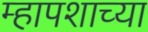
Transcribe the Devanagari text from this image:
म्हापशाच्या